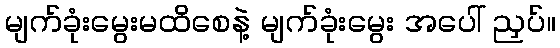
မျက်ခုံးမွေးမထိစေနဲ့ မျက်ခုံးမွေး အပေါ် ညှပ်။